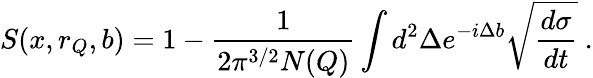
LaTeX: S(x,r_{Q},b)=1-\frac{1}{2\pi^{3/2}N(Q)}\int d^{2}\Delta e^{-i\Delta b}\sqrt{\frac{d\sigma}{dt}}\ .